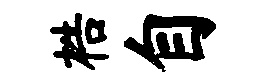
梏自